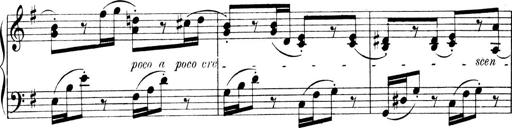
Title: 4 Sonatines
Composer: Max Reger